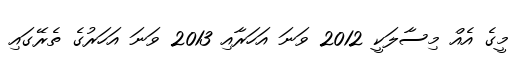
މީގެ އެއް މިސާލަކީ 2012 ވަނަ އަހަރާއި 2013 ވަނަ އަހަރުގެ ތެރޭގައި